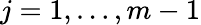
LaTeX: j=1,\dotsc,m-1